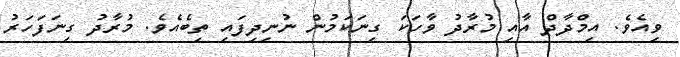
ވިއެވެ. އިމްދާދް އާއި މުރާދު ވާހަކަ ގިނަކަމުން ނުނިދިފައި ތިބެއެވެ. މުރާދު ގިނަފަހަރު